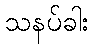
သနပ်ခါး